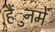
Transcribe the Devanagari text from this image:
हैंुनमें